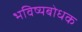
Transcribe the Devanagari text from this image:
भविष्यबोधक